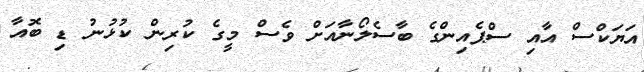
އަޔަކްސް އާއި ސްޕެއިންގެ ބާސެލޯނާއަށް ވެސް މީގެ ކުރިން ކުޅުނު ޑި ބޮއާ